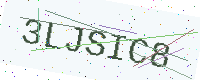
Text: 3LJSIC8